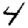
Digit: 4